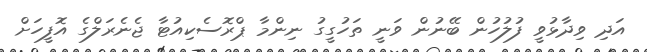
އަދި ވިދާޅުވީ ފުލުުހުން ބޭނުން ވަނީ ތަހުގީގު ނިންމާ ޕްރޮސެކިއުޓާ ޖެނެރަލްގެ އޮފީހަށް